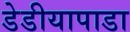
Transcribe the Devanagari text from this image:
डेडीयापाडा